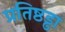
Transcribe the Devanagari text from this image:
प्रतिष्ठड्ढा